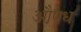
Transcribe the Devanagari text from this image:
औ़षध